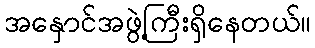
အနှောင်အဖွဲ့ကြီးရှိနေတယ်။